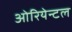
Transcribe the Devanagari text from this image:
ओरियेन्टल